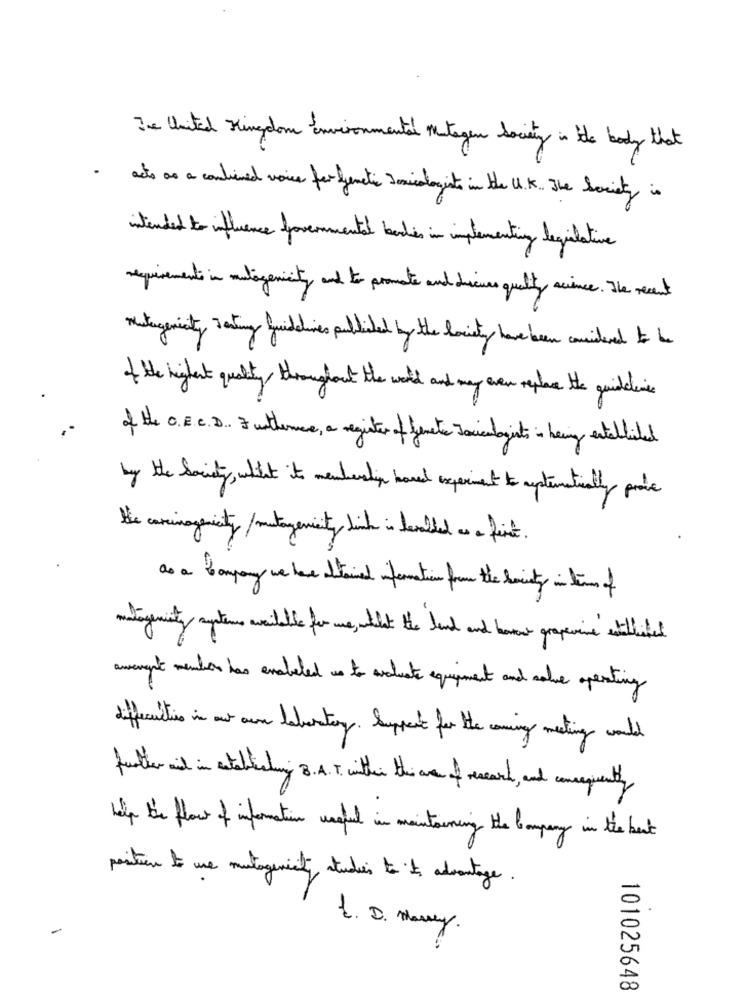
The United Kingdom environmental Mutagen Society in the body that
acts as a continued voice for genetic Jesicalogists in the U.K . The Society is
intended to influence governmental bodies in implementing legislative
requirements in mutagenicity and to promote and dieune qually science. The recent
mestergenicity Tasting guidelines published by the Society have been considered to be
of the highest quality throughout the world and may even replace the guidance
of the O.E.C.D. à unthere, a register of demete socialagents in being entelliled
by the Society, alist its membership hoved experiment to aptematically proc
He carcinogenicty/ mutagencity link in denled as a fint.
as a Company we have thewind information from the boity in time of
awenght members has enabled us to avduate equipment and save operating
differentis in our own laboratory . Suppent for the coming meting would
further it in establishing 8.A. T. wither the are of rescard, and consequently
help the flow of information ungfil in maintaining the Company in the best
position to use mutagencity atudies to its advantage.
-
1. D. Many.
101025648